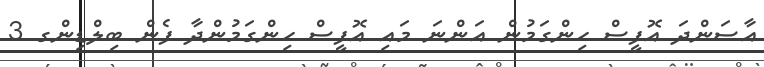
އާސަންދަ އޮފީސް ހިންގަމުން އަންނަ މައި އޮފީސް ހިންގަމުންދާ ފެން ބިލްޑިންގ 3